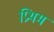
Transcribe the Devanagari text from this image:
प्रिथम